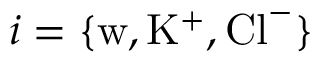
i = \{ \mathrm { w } , \mathrm { K } ^ { + } , \mathrm { C l } ^ { - } \}